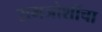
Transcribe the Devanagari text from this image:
रामजोशींचा